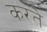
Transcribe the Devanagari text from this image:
करतेे